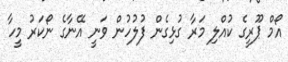
އޯމް ޕޫރީގެ ކުއްލި މަރާ ގުޅިގެން ފުލުހުން ވަނީ އޭނާގެ ނޯކަރު މީހާ